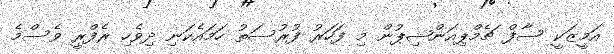
އަމީޒަކީ ސާފް ޗެމްޕިއަންޝިޕުން މި ފަހަރު ފުރުސަތު ހަމައެކަނި ދިވެހި ރެފްރީ ވެސްމެ